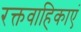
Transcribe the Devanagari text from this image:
रक्तवाहिकाएं